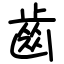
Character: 齒